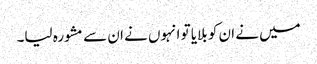
میں نے ان کو بلایا تو انہوں نے ان سے مشورہ لیا۔